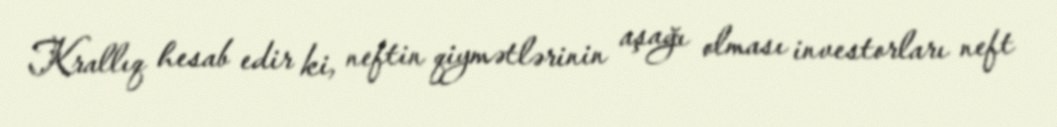
Krallıq hesab edir ki, neftin qiymətlərinin aşağı olması investorları neft